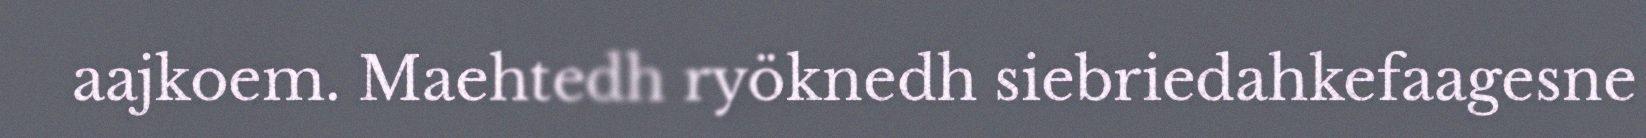
aajkoem. Maehtedh ryöknedh siebriedahkefaagesne